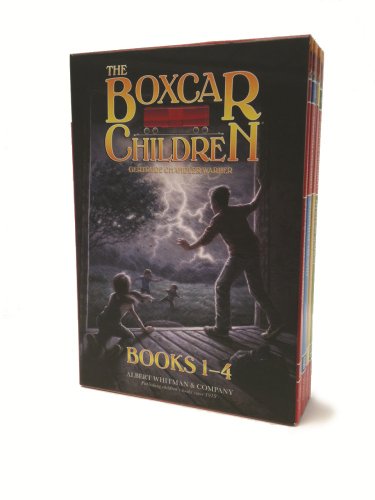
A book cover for The Boxcar Children Books 1-4; Children's Books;